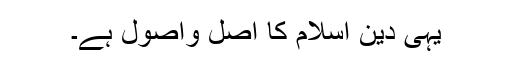
یہی دین اسلام کا اصل واصول ہے۔